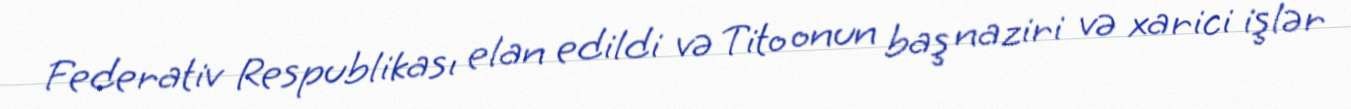
Federativ Respublikası elan edildi və Tito onun baş naziri və xarici işlər